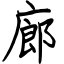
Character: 廊